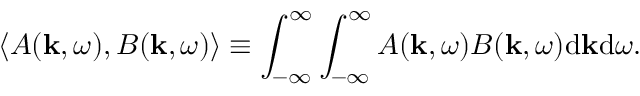
\langle A ( \mathbf { k } , \omega ) , B ( \mathbf { k } , \omega ) \rangle \equiv \int _ { - \infty } ^ { \infty } \int _ { - \infty } ^ { \infty } A ( \mathbf { k } , \omega ) B ( \mathbf { k } , \omega ) \mathrm { d } \mathbf { k } \mathrm { d } \omega .